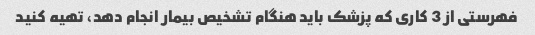
فهرستی از 3 کاری که پزشک باید هنگام تشخیص بیمار انجام دهد، تهیه کنید